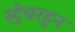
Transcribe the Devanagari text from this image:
स्ट्रेचरहून